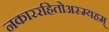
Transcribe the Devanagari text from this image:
नकाररहितोअस्म्यहम्